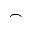
\frown